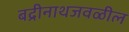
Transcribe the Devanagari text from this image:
बद्रीनाथजवळील